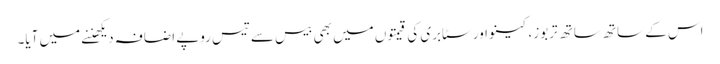
اس کے ساتھ ساتھ تربوز، کینو اور سٹابری کی قیمتوں میں بھی بیس سے تیس روپے اضافہ دیکھننے میں آیا۔